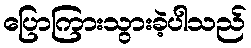
ပြောကြားသွားခဲ့ပါသည်